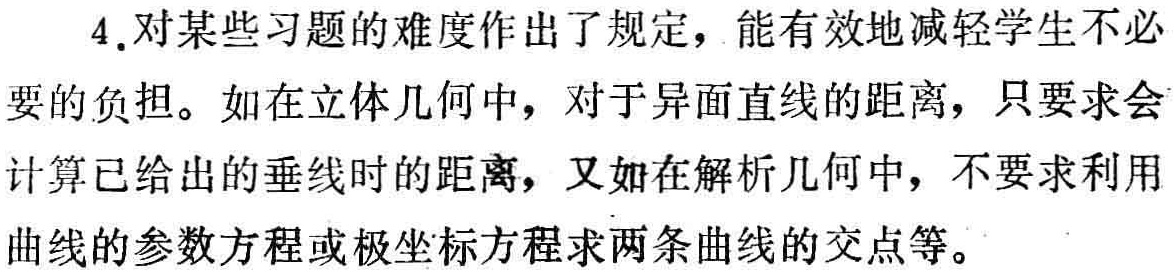
4.对某些习题的难度作出了规定，能有效地减轻学生不必要的负担。如在立体几何中，对于异面直线的距离，只要求会计算已给出的垂线时的距离，又如在解析几何中，不要求利用曲线的参数方程或极坐标方程求两条曲线的交点等。